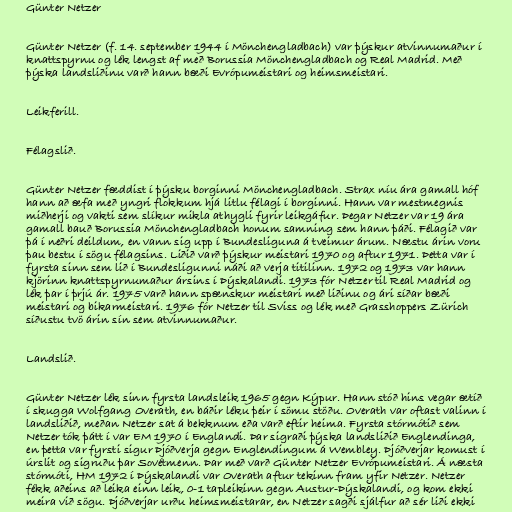
Günter Netzer

Günter Netzer (f. 14. september 1944 í Mönchengladbach) var þýskur atvinnumaður í
knattspyrnu og lék lengst af með Borussia Mönchengladbach og Real Madrid. Með
þýska landsliðinu varð hann bæði Evrópumeistari og heimsmeistari.

Leikferill.

Félagslið.

Günter Netzer fæddist í þýsku borginni Mönchengladbach. Strax níu ára gamall hóf
hann að æfa með yngri flokkum hjá litlu félagi í borginni. Hann var mestmegnis
miðherji og vakti sem slíkur mikla athygli fyrir leikgáfur. Þegar Netzer var 19 ára
gamall bauð Borussia Mönchengladbach honum samning sem hann þáði. Félagið var
þá í neðri deildum, en vann sig upp í Bundesliguna á tveimur árum. Næstu árin voru
þau bestu í sögu félagsins. Liðið varð þýskur meistari 1970 og aftur 1971. Þetta var í
fyrsta sinn sem lið í Bundesligunni náði að verja titilinn. 1972 og 1973 var hann
kjörinn knattspyrnumaður ársins í Þýskalandi. 1973 fór Netzer til Real Madrid og
lék þar í þrjú ár. 1975 varð hann spænskur meistari með liðinu og ári síðar bæði
meistari og bikarmeistari. 1976 fór Netzer til Sviss og lék með Grasshoppers Zürich
síðustu tvö árin sín sem atvinnumaður.

Landslið.

Günter Netzer lék sinn fyrsta landsleik 1965 gegn Kýpur. Hann stóð hins vegar ætíð
í skugga Wolfgang Overath, en báðir léku þeir í sömu stöðu. Overath var oftast valinn í
landsliðið, meðan Netzer sat á bekknum eða varð eftir heima. Fyrsta stórmótið sem
Netzer tók þátt í var EM 1970 í Englandi. Þar sigraði þýska landsliðið Englendinga,
en þetta var fyrsti sigur Þjóðverja gegn Englendingum á Wembley. Þjóðverjar komust í
úrslit og sigruðu þar Sovétmenn. Þar með varð Günter Netzer Evrópumeistari. Á næsta
stórmóti, HM 1972 í Þýskalandi var Overath aftur tekinn fram yfir Netzer. Netzer
fékk aðeins að leika einn leik, 0-1 tapleikinn gegn Austur-Þýskalandi, og kom ekki
meira við sögu. Þjóðverjar urðu heimsmeistarar, en Netzer sagði sjálfur að sér liði ekki